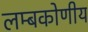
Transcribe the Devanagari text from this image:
लम्बकोणीय